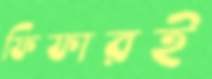
ফিফারই